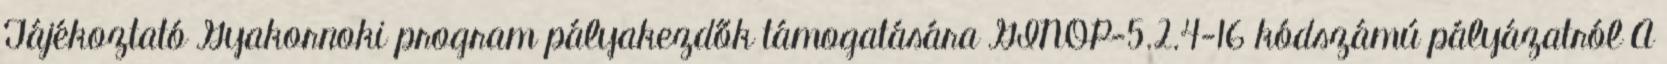
Tájékoztató Gyakornoki program pályakezdők támogatására GINOP-5.2.4-16 kódszámú pályázatról A